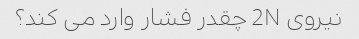
نیروی 2N چقدر فشار وارد می کند؟